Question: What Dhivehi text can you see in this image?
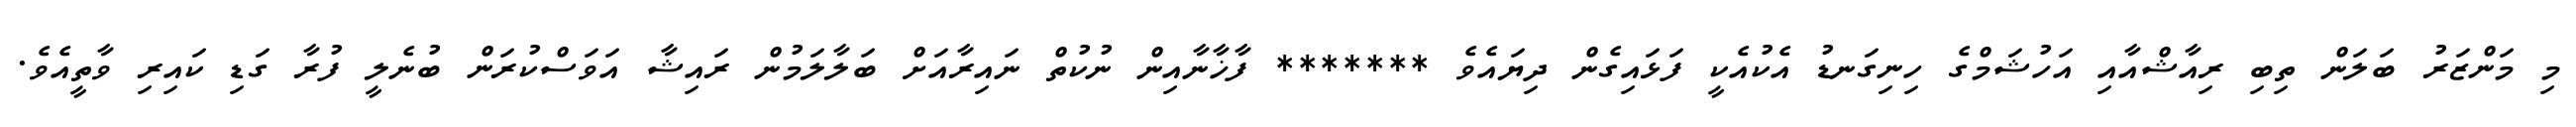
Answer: މި މަންޒަރު ބަލަން ތިބި ރިއާޝްއާއި އަހުޝަމްގެ ހިނިގަނޑު އެކުއެކީ ފަޅައިގެން ދިޔައެވެ ******* ފާޚާނާއިން ނުކުތް ނައިރާއަށް ބަލާލަމުން ރައިޝާ އަވަސްކުރަން ބުނެލީ ފުރާ ގަޑި ކައިރި ވާތީއެވެ.